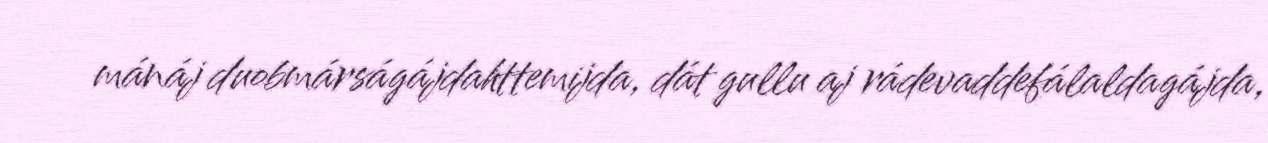
mánáj duobmárságájdahttemijda, dát gullu aj rádevaddefálaldagájda,